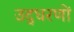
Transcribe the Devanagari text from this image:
उद्‍धरणों